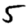
Digit: 5